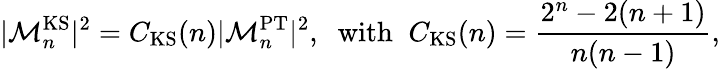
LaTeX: |{\cal M}_{n}^{\mathrm{KS}}|^{2}=C_{\mathrm{KS}}(n)|{\cal M}_{n}^{\mathrm{PT}}|^{2},\; \; \mathrm{with}\; \; C_{\mathrm{KS}}(n)=\frac{2^{n}-2(n+1)}{n(n-1)},